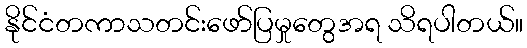
နိုင်ငံတကာသတင်းဖော်ပြမှုတွေအရ သိရပါတယ်။